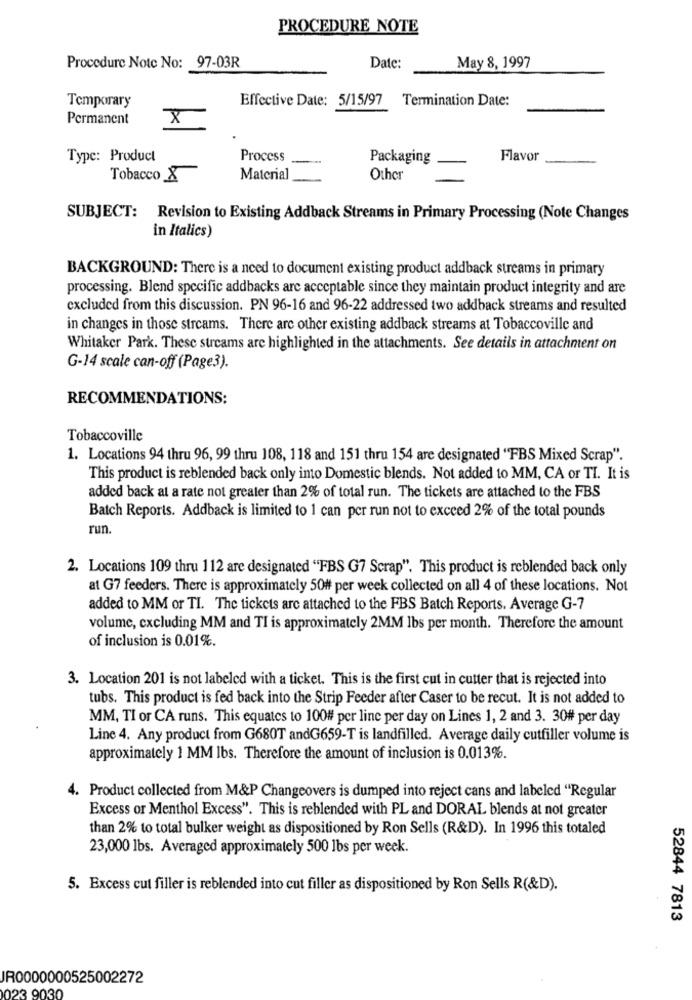
PROCEDURE NOTE
Procedure Note No: 97-03R
Date:
May 8, 1997
Temporary
Effective Date: 5/15/97 Termination Date:
Permanent
x
Type: Product
Process
Packaging
Flavor
Tobacco X
Material
Other
SUBJECT: Revision to Existing Addback Streams in Primary Processing (Note Changes
in Italics)
BACKGROUND: There is a need to document existing product addback streams in primary
processing. Blend specific addbacks are acceptable since they maintain product integrity and are
excluded from this discussion. PN 96-16 and 96-22 addressed two addback streams and resulted
in changes in those streams. There are other existing addback streams at Tobaccoville and
Whitaker Park. These streams are highlighted in the attachments. See details in attachment on
G-14 scale can-off (Page3).
RECOMMENDATIONS:
Tobaccoville
1. Locations 94 thru 96, 99 thru 108, 118 and 151 thru 154 are designated "FBS Mixed Scrap".
This product is reblended back only into Domestic blends. Not added to MM, CA or TI. It is
added back at a rate not greater than 2% of total run. The tickets are attached to the FBS
Batch Reports. Addback is limited to 1 can per run not to exceed 2% of the total pounds
run.
2. Locations 109 thru 112 are designated "FBS G7 Scrap". This product is reblended back only
at G7 feeders. There is approximately 50# per week collected on all 4 of these locations. Not
added to MM or TI. The tickets are attached to the FBS Batch Reports. Average G-7
volume, excluding MM and TI is approximately 2MM lbs per month. Therefore the amount
of inclusion is 0.01%.
3. Location 201 is not labeled with a ticket. This is the first cut in cutter that is rejected into
tubs. This product is fed back into the Strip Feeder after Caser to be recut. It is not added to
MM, TI or CA runs. This equates to 100# per line per day on Lines 1, 2 and 3. 30# per day
Line 4. Any product from G680T andG659-T is landfilled. Average daily cutfiller volume is
approximately 1 MM lbs. Therefore the amount of inclusion is 0.013%.
4. Product collected from M&P Changeovers is dumped into reject cans and labeled "Regular
Excess or Menthol Excess". This is reblended with PL and DORAL blends at not greater
than 2% to total bulker weight as dispositioned by Ron Sells (R&D). In 1996 this totaled
23,000 lbs. Averaged approximately 500 lbs per week.
5. Excess cut filler is reblended into cut filler as dispositioned by Ron Sells R(&D).
52844 7813
IR0000000525002272
023 9030